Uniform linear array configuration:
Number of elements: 24
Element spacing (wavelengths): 0.25
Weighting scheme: hamming
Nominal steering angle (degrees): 45
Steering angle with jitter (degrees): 44.731
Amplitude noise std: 0.05
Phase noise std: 0.05

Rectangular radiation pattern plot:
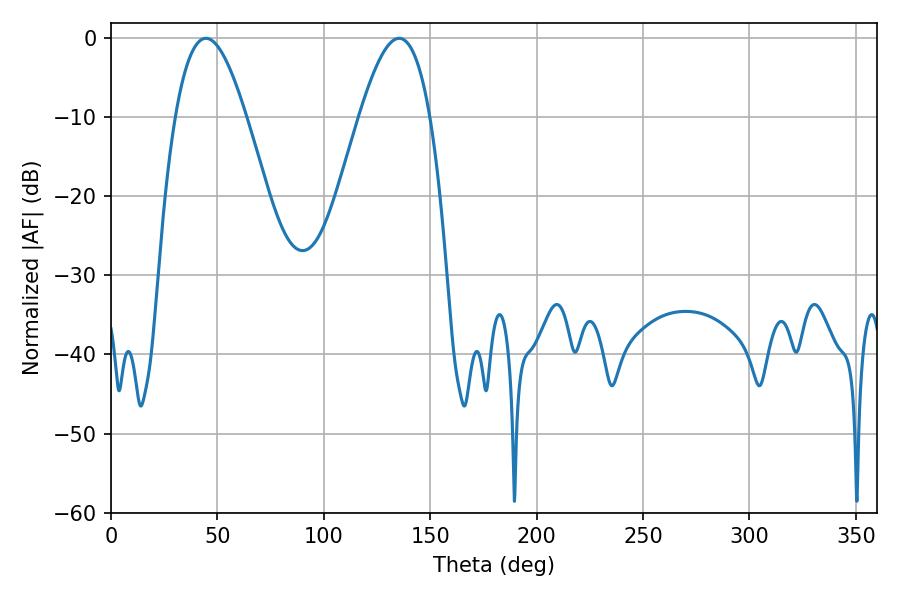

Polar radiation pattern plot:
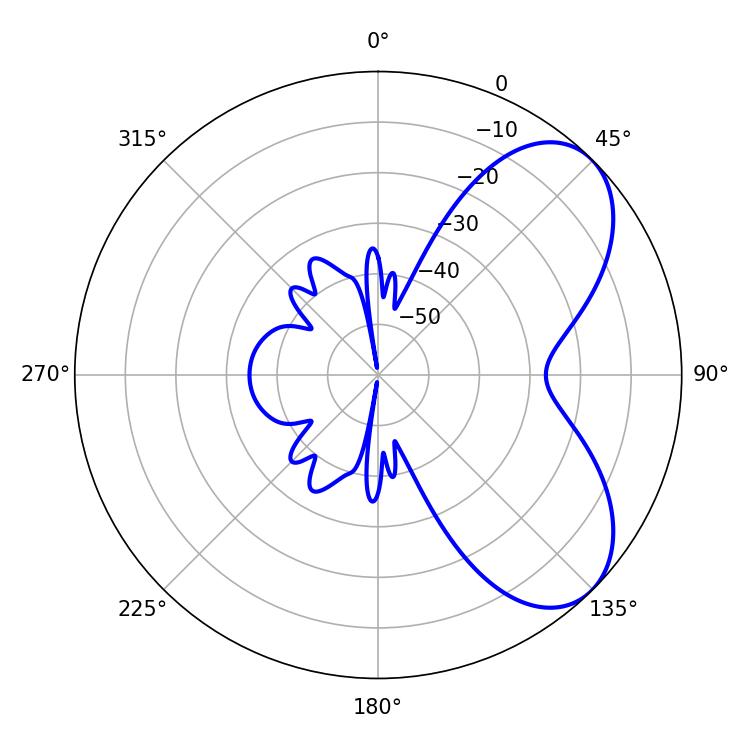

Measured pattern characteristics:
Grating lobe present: FALSE
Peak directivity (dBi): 6.118
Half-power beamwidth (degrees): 18.18
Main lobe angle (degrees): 44.64